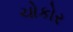
ચોકોર